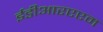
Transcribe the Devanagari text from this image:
ईडीआरएएम